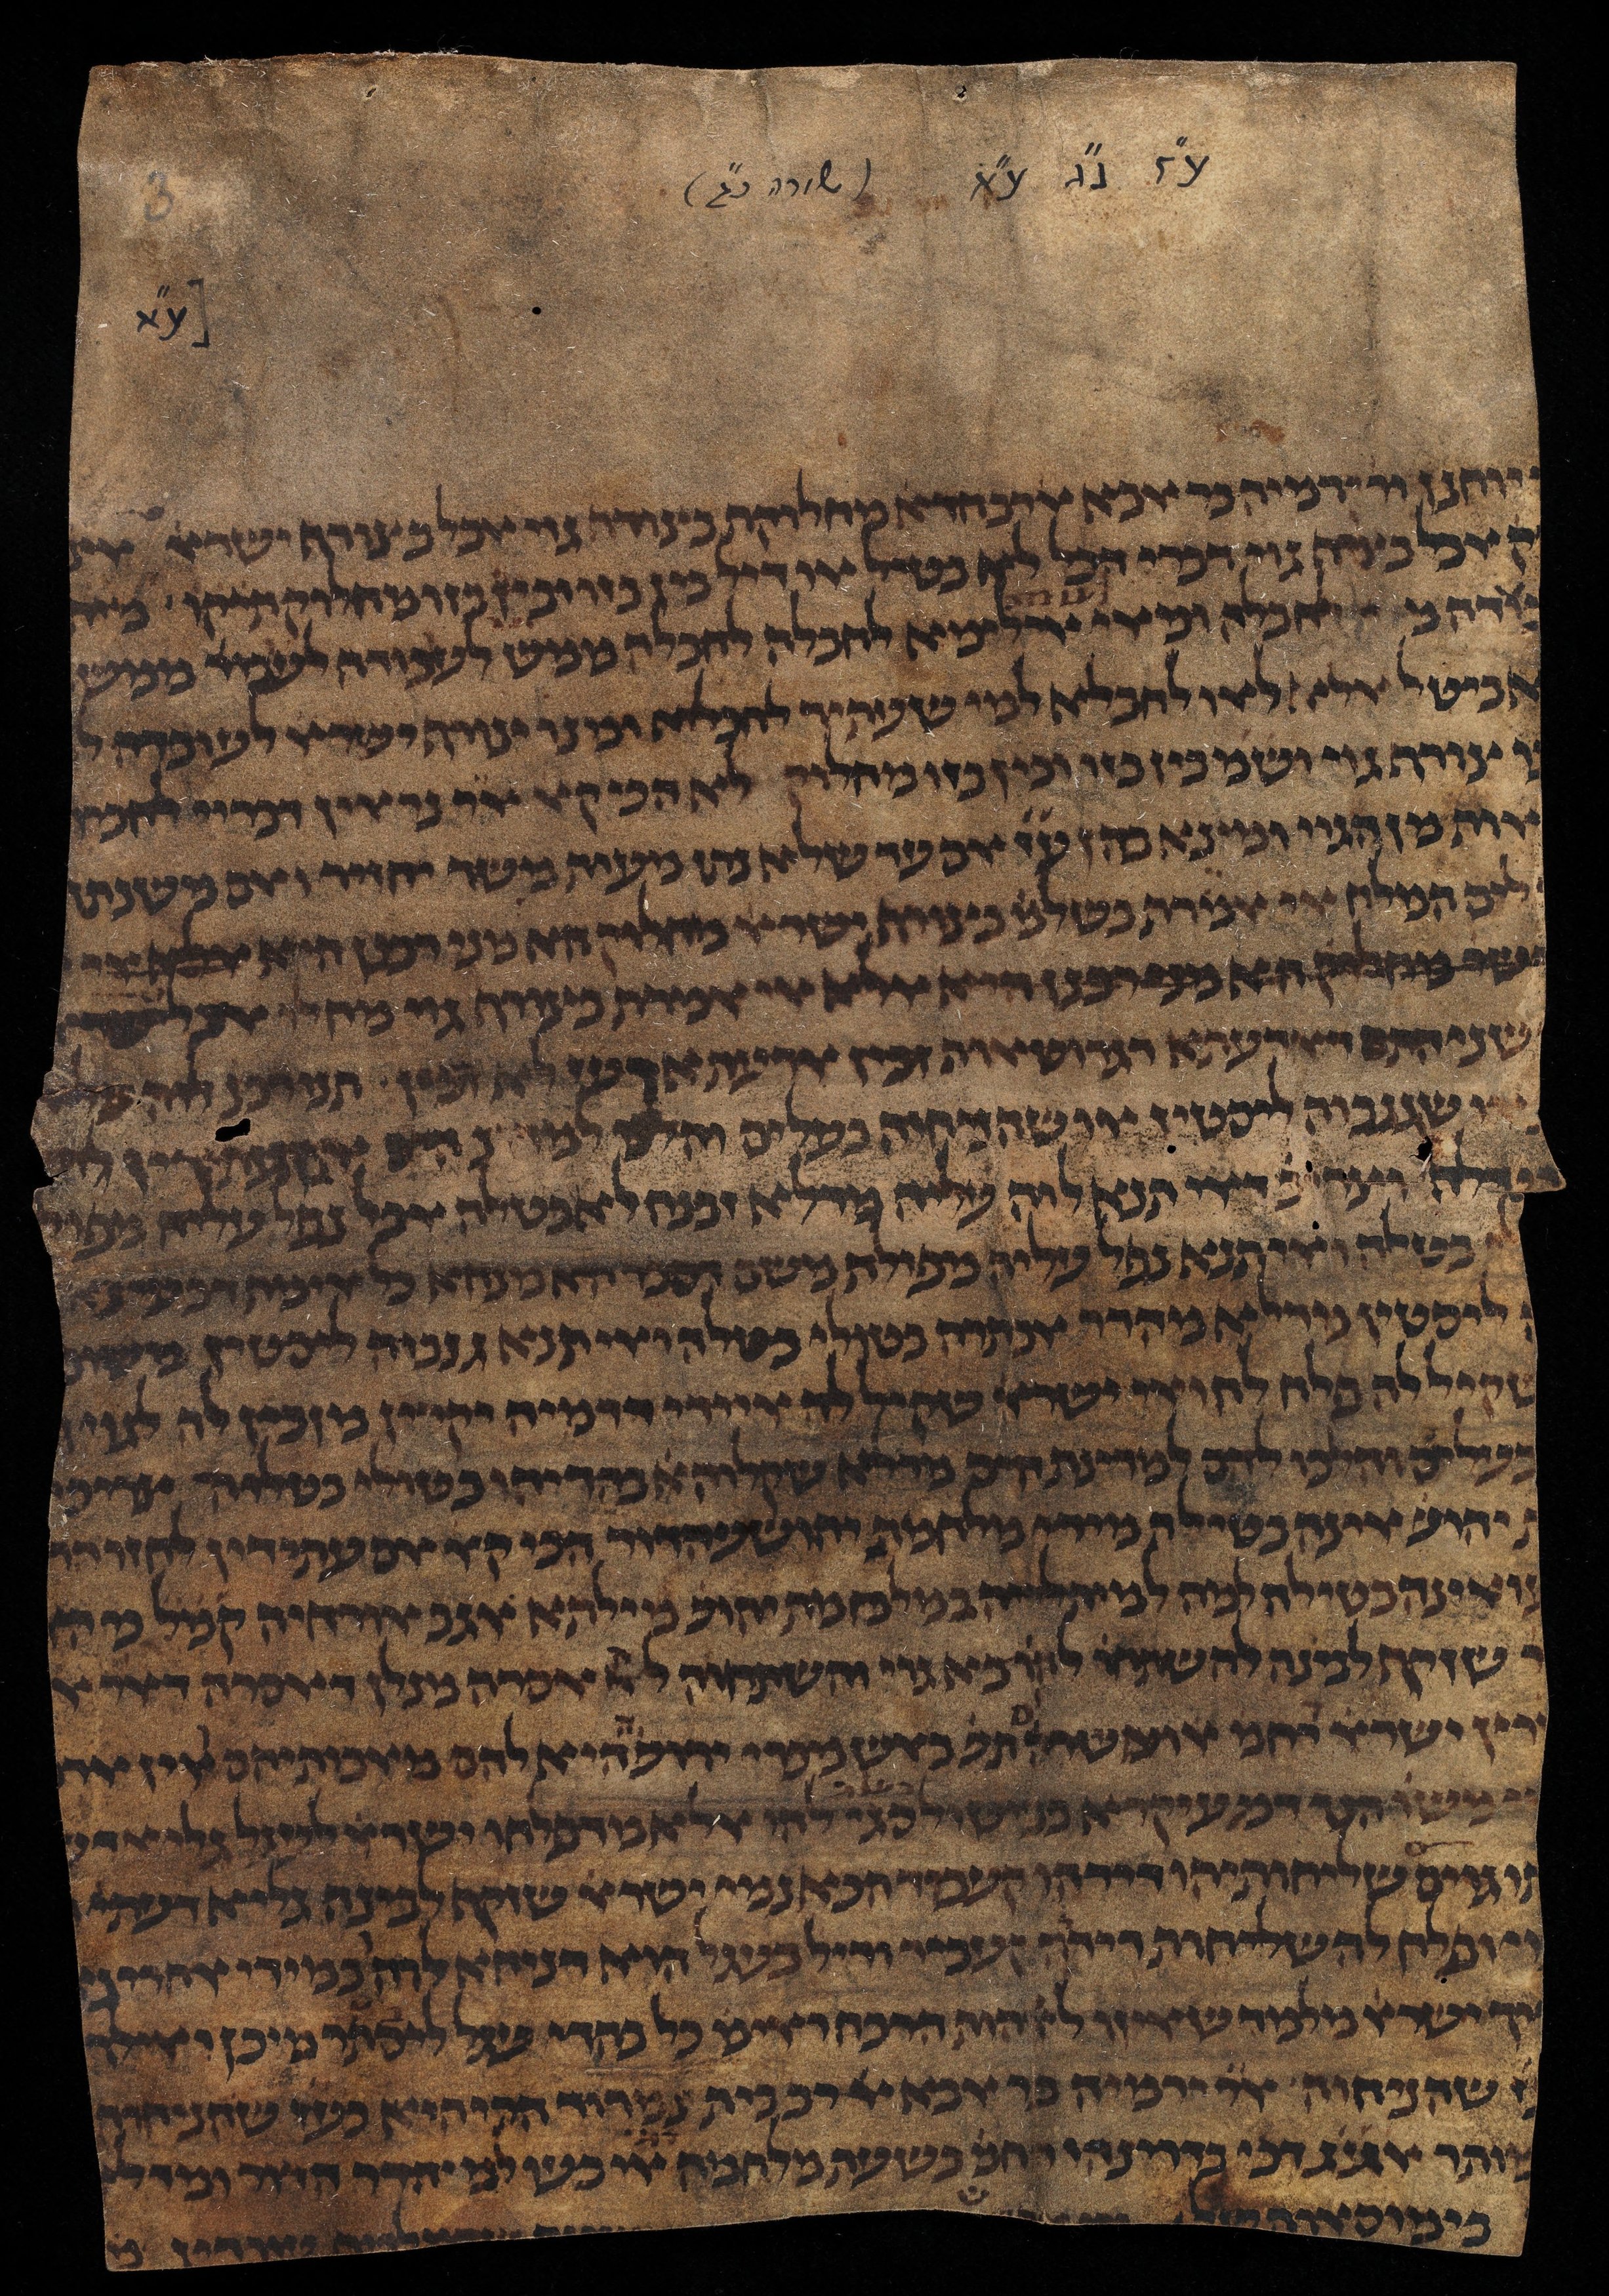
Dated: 1385–1399